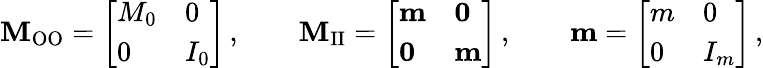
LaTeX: \mathbf{M}_{\mathrm{OO}}=\left[\begin{array}{ll}{M_{0}}&{0}\\ {0}&{I_{0}}\end{array}\right]\, ,\qquad\mathbf{M}_{\mathrm{II}}=\left[\begin{array}{ll}{\mathbf{m}}&{\mathbf{0}}\\ {\mathbf{0}}&{\mathbf{m}}\end{array}\right]\, ,\qquad\mathbf{m}=\left[\begin{array}{ll}{m}&{0}\\ {0}&{I_{m}}\end{array}\right]\, ,